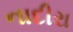
નાદીરા